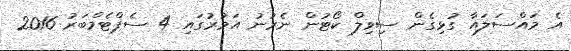
އެ މައްސަލައާ ގުޅިގެން ސިވިލް ކޯޓުން ނެރުނު އަމުރުގައި 4 ސެޕްޓެމްބަރު 2016